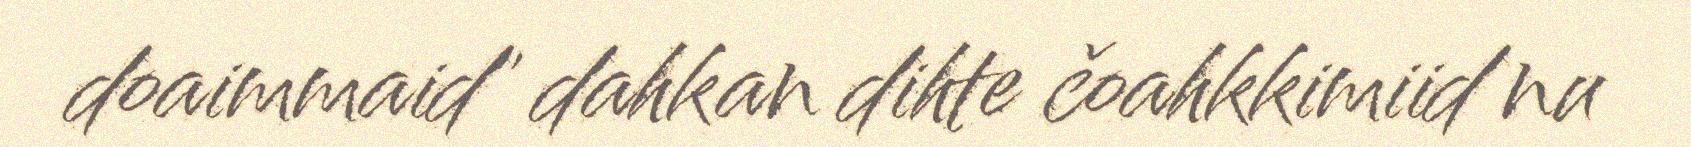
doaimmaid" dahkan dihte čoahkkimiid nu